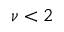
\nu < 2